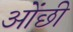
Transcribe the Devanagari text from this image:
ओंछी